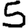
Digit: 5